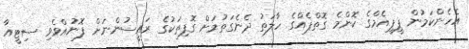
އެހެންކަމުން ޕީޕީއެމްގެ ކޮންމެ ގޮތްޕެއްގެ ހާލަތު ދެނެގަތުމަށް ގޮފިތަކުގެ ރައީސުންނަށް ފޮނުއްވެވި ސިޓީއާ